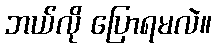
ဘယ်လို ပြောရမလဲ။